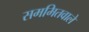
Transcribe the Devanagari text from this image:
सममितवाले